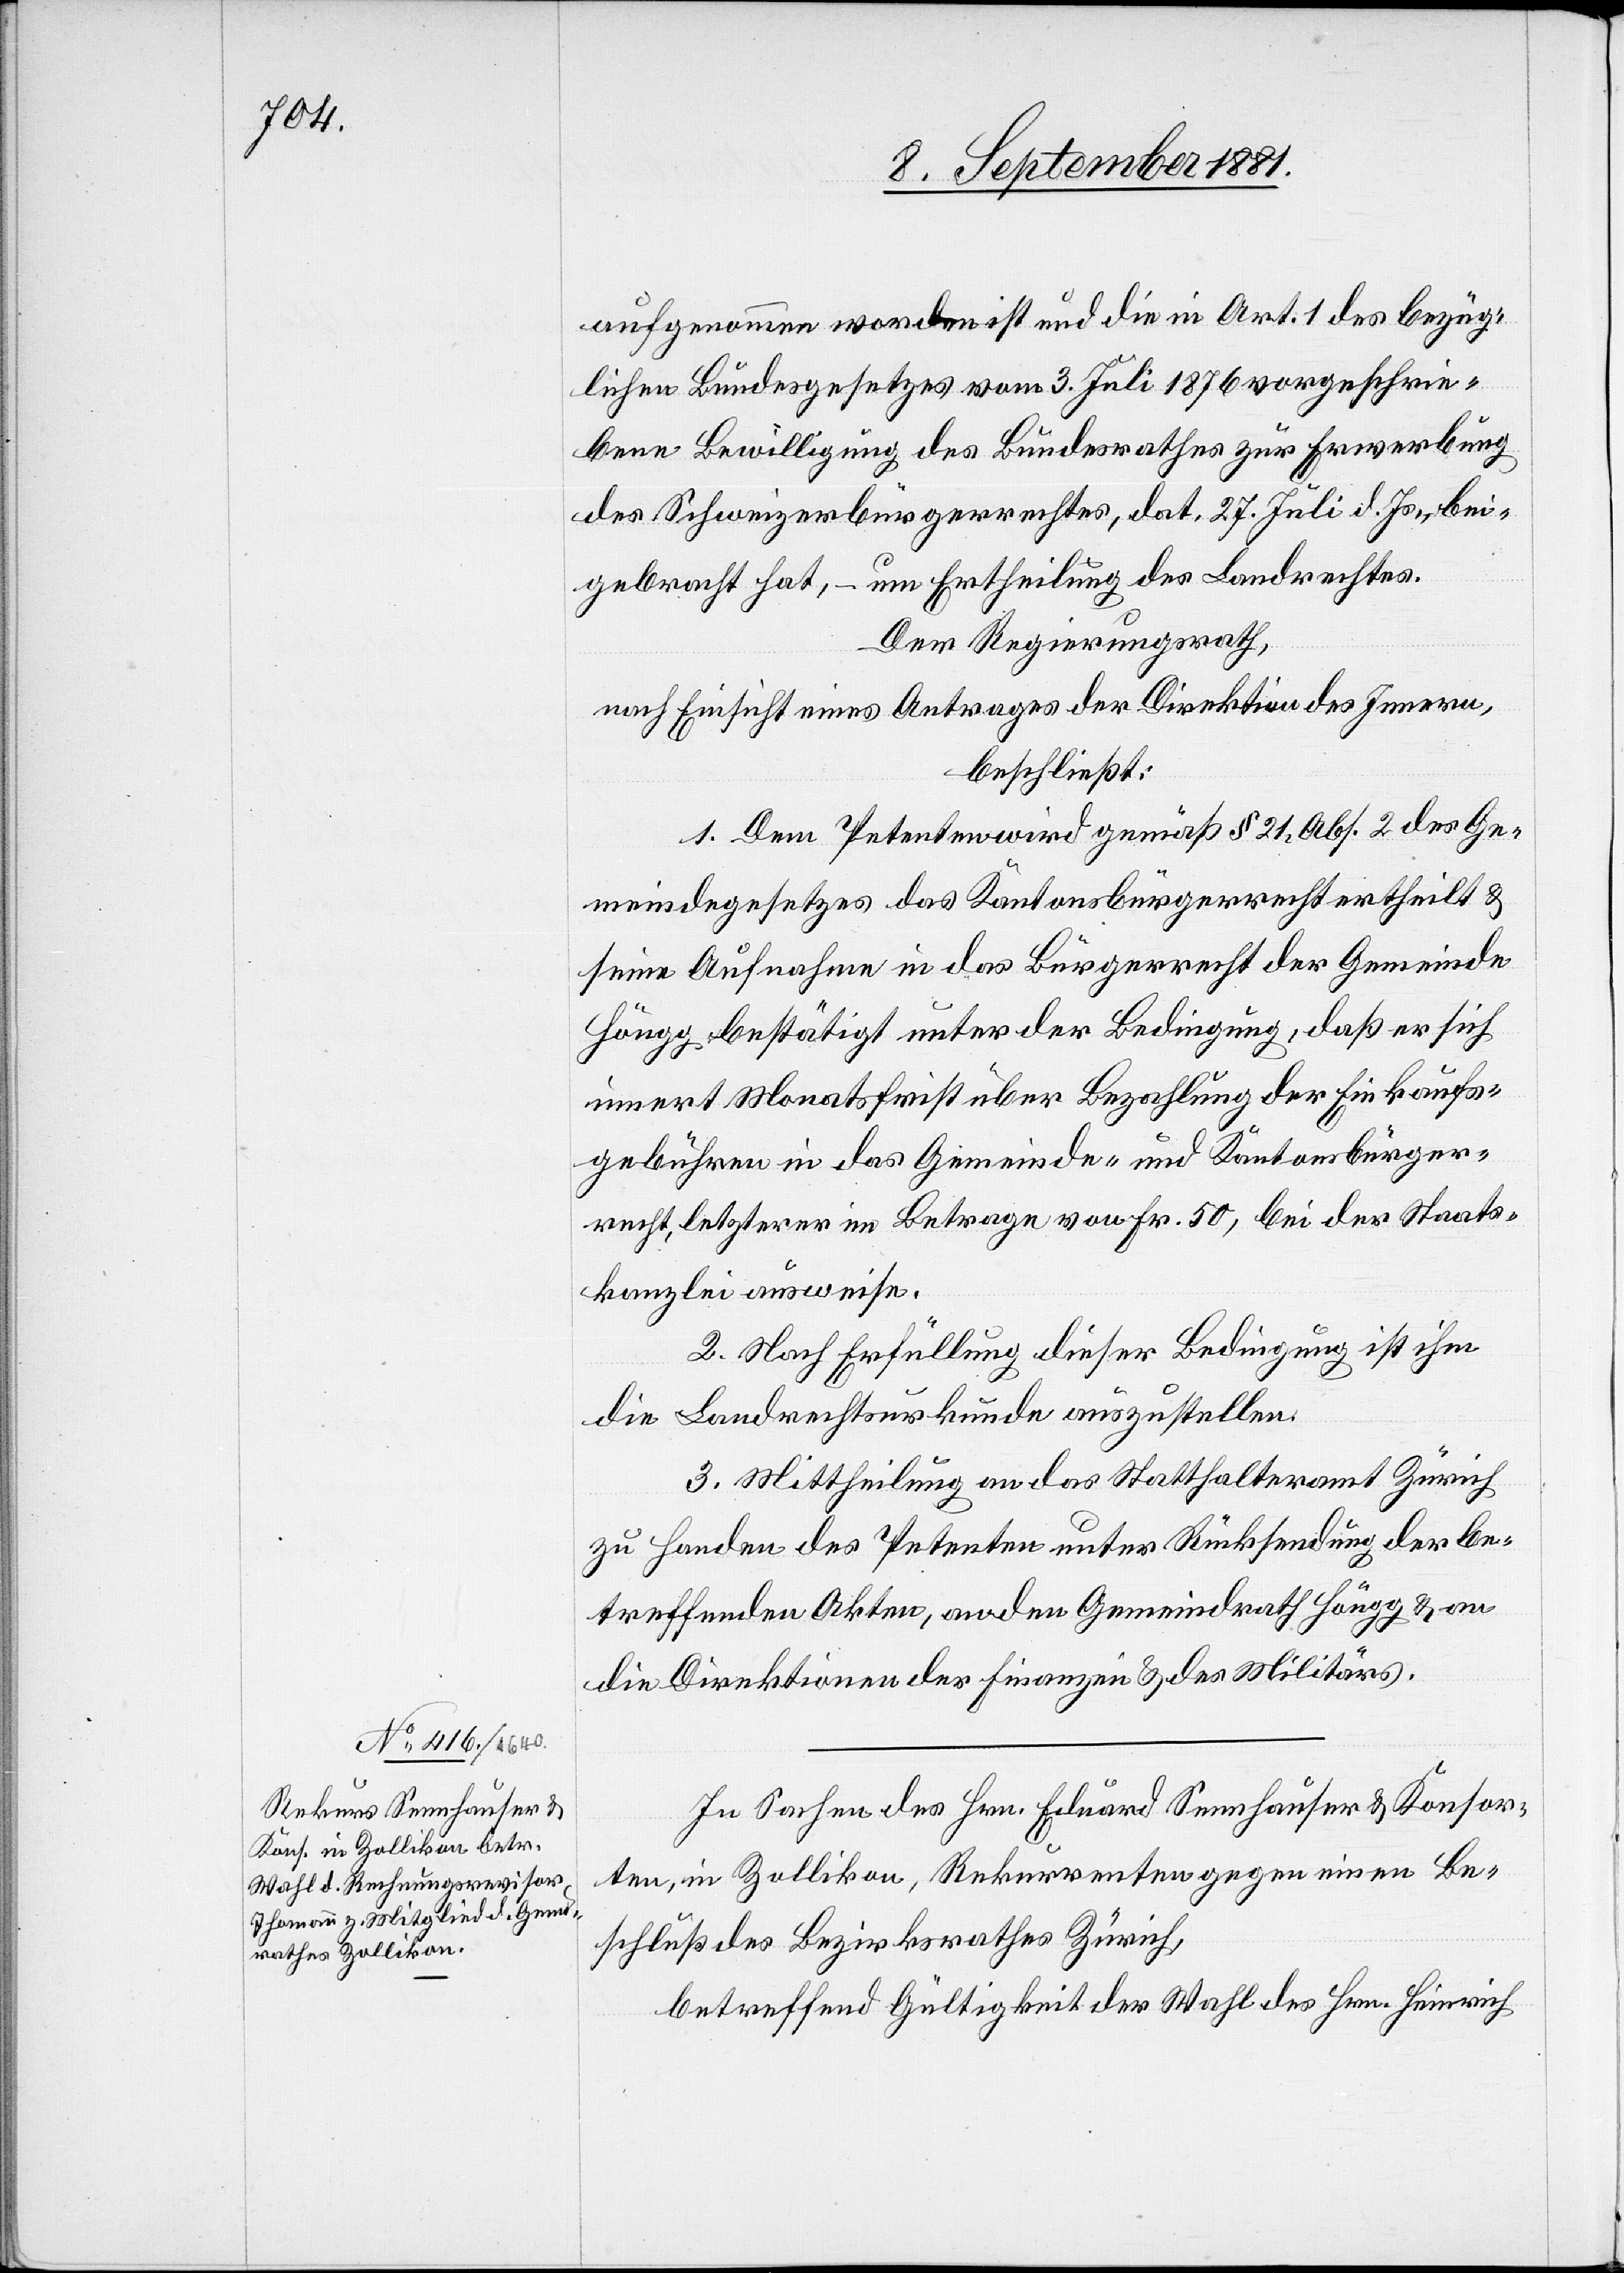
aufgenommen worden ist und die in Art. 1 des bezüg¬
lichen Bundesgesetzes vom 3. Juli 1876 vorgeschrie¬
bene Bewilligung des Bundesrathes zur Erwerbung
des Schweizerbürgerrechtes, dat. 27. Juli d. Js., bei¬
gebracht hat, – um Ertheilung des Landrechtes.
Der Regierungsrath,
nach Einsicht eines Antrages der Direktion des Innern,
beschließt:
1. Dem Petenten wird gemäß § 21, Abs. 2 des Ge¬
meindegesetzes das Kantonsbürgerrecht ertheilt &
seine Aufnahme in das Bürgerrecht der Gemeinde
Höngg bestätigt unter der Bedingung, daß er sich
innert Monatsfrist über Bezahlung der Einkaufs¬
gebühren in das Gemeinde- und Kantonsbürger¬
recht, letzterer im Betrage von Fr. 50, bei der Staats¬
kanzlei ausweise.
2. Nach Erfüllung dieser Bedingung ist ihm
die Landrechtsurkunde auszustellen.
3. Mittheilung an das Statthalteramt Zürich
zu Handen des Petenten unter Rücksendung der be¬
treffenden Akten, an den Gemeindrath Höngg & an
die Direktion der Finanzen & des Militärs.